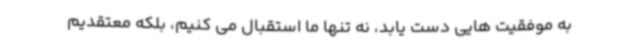
به موفقیت هایی دست یابد، نه تنها ما استقبال می کنیم، بلکه معتقدیم